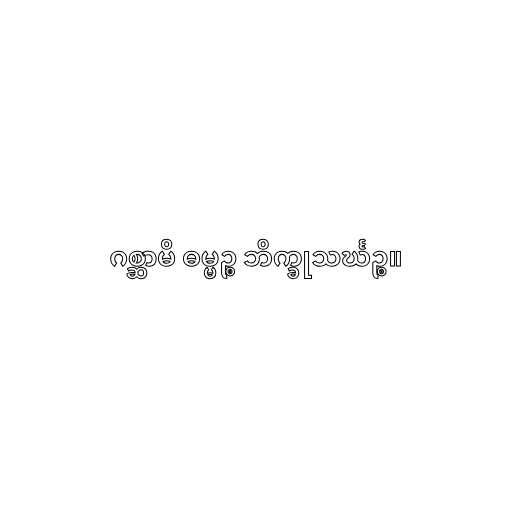
ဂစ္ဆာမိ ဓမ္မဉ္စ ဘိက္ခုသင်္ဃဉ္စ။